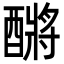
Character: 𮠿